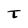
Character: t